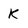
Character: K